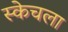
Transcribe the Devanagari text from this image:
स्केचला